Problem: 7 + 3 = ?
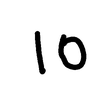
Handwritten answer: 10